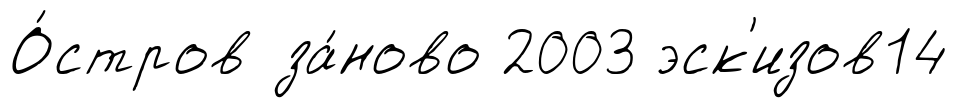
О́стров за́ново 2003 эск'изов14